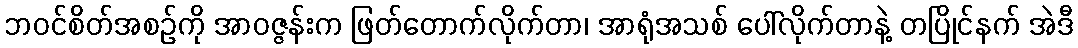
ဘဝင်စိတ်အစဉ်ကို အာဝဇ္ဇန်းက ဖြတ်တောက်လိုက်တာ၊ အာရုံအသစ် ပေါ်လိုက်တာနဲ့ တပြိုင်နက် အဲဒီ